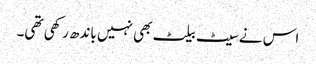
اس نے سیٹ بیلٹ بھی نہیں باندھ رکھی تھی۔